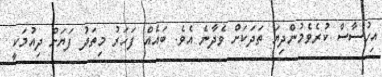
އިހުސާސް ކުރެވެމުންދިޔަ ތަދަކަށް ވެދާނެ އެވެ. ބައެއް ފަހަރު މިތަދު ފަޔަށް ދިއުމަކީ